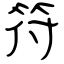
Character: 符